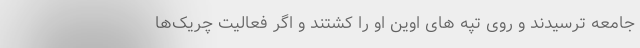
جامعه ترسیدند و روی تپه های اوین او را کشتند و اگر فعالیت چریک‌ها